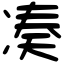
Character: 凑